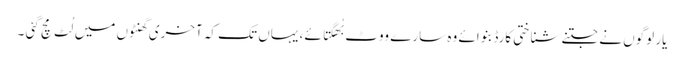
یار لوگوں نے جتنے شناختی کارڈ بنوائے وہ سارے ووٹ بُھگتائے ، یہاں تک کہ آخری گھنٹوں میں لُٹ مچ گئی ۔